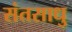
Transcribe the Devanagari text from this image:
संतसाधु